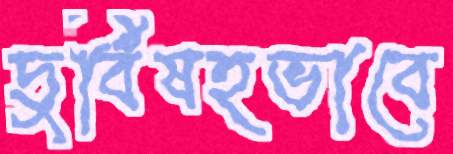
দুর্বিষহভাবে